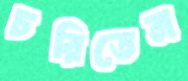
চরিতেন